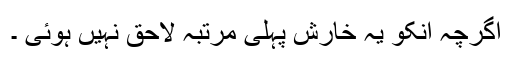
اگرچہ انکو یہ خارش پہلی مرتبہ لاحق نہیں ہوئی ۔